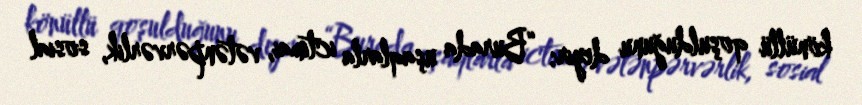
könüllü qoşulduğunu deyir: “Burada uşaqlarla ictimai, vətənpərvərlik, sosial